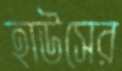
হাউসের